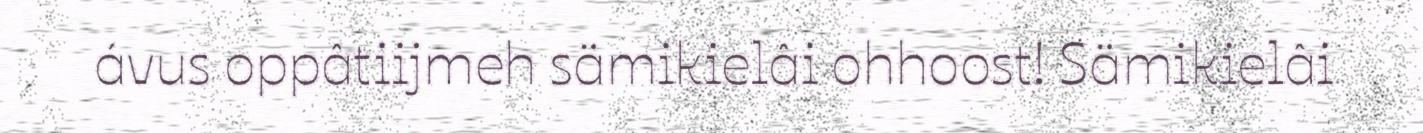
ávus oppâtiijmeh sämikielâi ohhoost! Sämikielâi